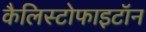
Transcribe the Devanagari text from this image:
कैलिस्टोफाइटॉन